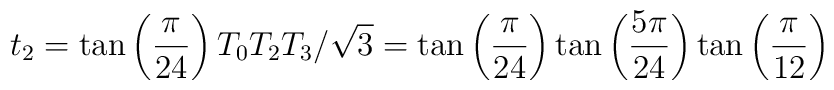
t_{2}=\tan \left( \frac{\pi }{24}\right) T_{0}T_{2}T_{3}/\sqrt{3}=\tan\left( \frac{\pi }{24}\right) \tan \left( \frac{5\pi }{24}\right) \tan\left( \frac{\pi }{12}\right)